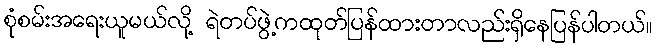
စုံစမ်းအရေးယူမယ်လို့ ရဲတပ်ဖွဲ့ကထုတ်ပြန်ထားတာလည်းရှိနေပြန်ပါတယ်။